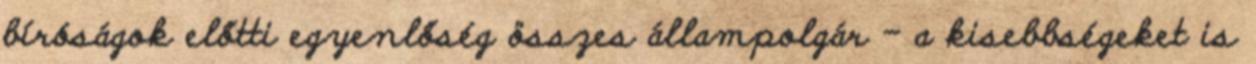
bíróságok előtti egyenlőség összes állampolgár – a kisebbségeket is